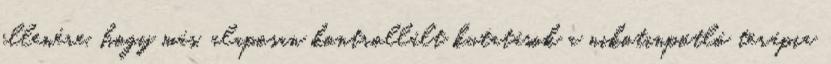
ellenére, hogy más, alaposan kontrollált kutatások a nikotinpótló terápia